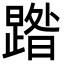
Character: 𭧹